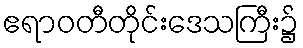
ဧရာဝတီတိုင်းဒေသကြီး၌